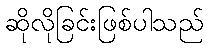
ဆိုလိုခြင်းဖြစ်ပါသည်